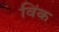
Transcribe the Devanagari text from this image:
विंक